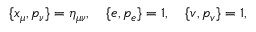
\{ x _ { \mu } , p _ { \nu } \} = \eta _ { \mu \nu } , \quad \{ e , p _ { e } \} = 1 , \quad \{ v , p _ { v } \} = 1 ,